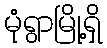
မုံရွာမြို့ရှိ